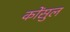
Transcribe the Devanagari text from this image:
कोंसुल